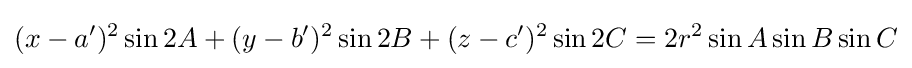
(x-a')^{2}\sin 2A+(y-b')^{2}\sin 2B+(z-c')^{2}\sin 2C=2r^{2}\sin A\sin B\sin C